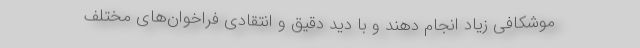
موشکافی زیاد انجام دهند و با دید دقیق و انتقادی فراخوان‌های مختلف